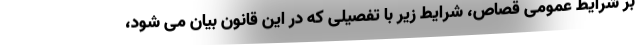
بر شرایط عمومی قصاص، شرایط زیر با تفصیلی که در این قانون بیان می شود،